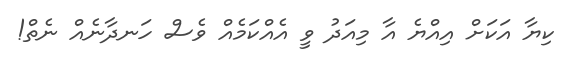
ކިޔާ އަކަށް އިއްޔެ އާ މިއަދު ވީ އެއްކަމެއް ވެސް ހަނދާނެއް ނެތް!